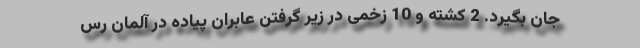
جان بگیرد. 2 کشته و 10 زخمی در زیر گرفتن عابران پیاده در آلمان رس